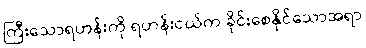
ကြီးသောရဟန်းကို ရဟန်းငယ်က ခိုင်းစေနိုင်သောအရာ